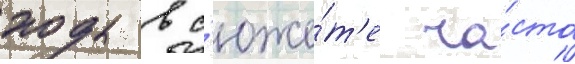
ходы в с'юже́т'е ча́сто